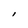
Character: I